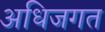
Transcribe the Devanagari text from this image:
अधिजगत